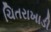
ચિતરાખાડી